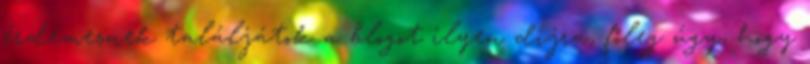
érdemesnek találjátok a blogot ilyen díjra, főleg úgy, hogy